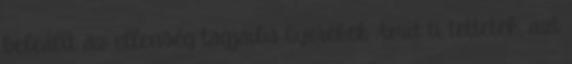
beleállt az ellenség tagjaiba Gyerekek Amit ti tettetek, azt